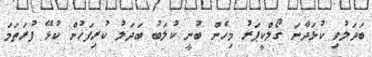
ބަދަލުވި ކުޅަދާނަ ގޯލްކީޕަރު މިހެން ބުނީ ކުލަބު ބަދަލު ކުރިފަހުން ކުޅޭ ފުރަތަމަ